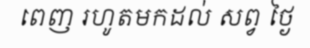
ពេញ រហូតមកដល់ សព្វ ថ្ងៃ